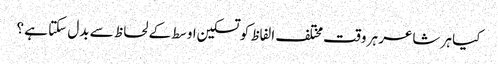
کیا ہر شاعر ہر وقت مختلف الفاظ کو تسکین اوسط کے لحاظ سے بدل سکتا ہے ؟